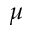
\mu